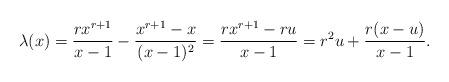
LaTeX: \begin{align*}\lambda(x)=\frac{rx^{r+1}}{x-1}-\frac{x^{r+1}-x}{(x-1)^2}=\frac{rx^{r+1}-ru}{x-1}= r^2u+\frac{r(x-u)}{x-1}.\end{align*}